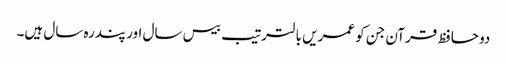
دو حافظ قرآن جن کو عمریں با لترتیب بیس سال اور پندرہ سال ہیں۔